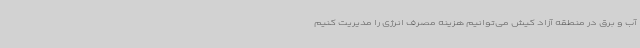
آب و برق در منطقه آزاد کیش می‌توانیم هزینه مصرف انرژی را مدیریت کنیم